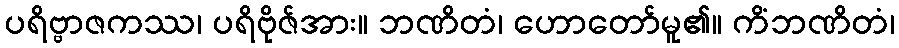
ပရိဗ္ဗာဇကဿ၊ ပရိဗိုဇ်အား။ ဘဏိတံ၊ ဟောတော်မူ၏။ ကိံဘဏိတံ၊